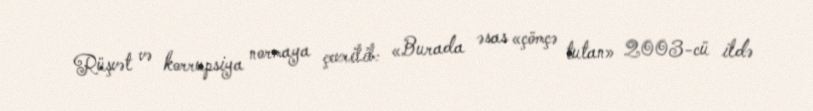
Rüşvət və korrupsiya normaya çevrilib: «Burada əsas «çömçə tutan» 2003-cü ildə